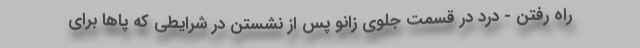
راه رفتن - درد در قسمت جلوی زانو پس از نشستن در شرایطی که پاها برای